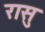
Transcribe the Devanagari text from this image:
रासु